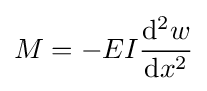
M=-EI{\mathrm {d} ^{2}w \over \mathrm {d} x^{2}}